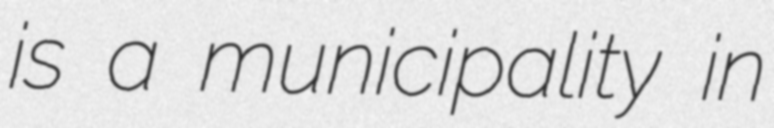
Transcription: is a municipality in